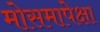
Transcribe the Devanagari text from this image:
मोसमापेक्षा